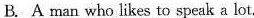
B.A man who likes to speak a lot.